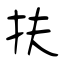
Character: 扶